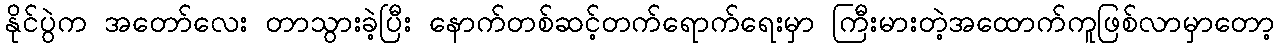
နိုင်ပွဲက အတော်လေး တာသွားခဲ့ပြီး နောက်တစ်ဆင့်တက်ရောက်ရေးမှာ ကြီးမားတဲ့အထောက်ကူဖြစ်လာမှာတော့